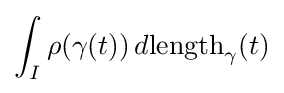
\int _{I}\rho (\gamma (t))\,d{\mathrm {length} }_{\gamma }(t)